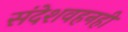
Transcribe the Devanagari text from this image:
संदेशवहनही